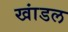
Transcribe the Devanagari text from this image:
खांडल